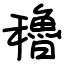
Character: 穭